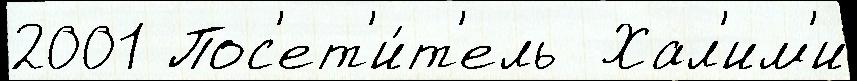
2001 Пос'ет'и́т'ель  Хал'им'и